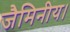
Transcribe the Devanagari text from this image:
जैमिनीय।